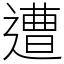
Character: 遭